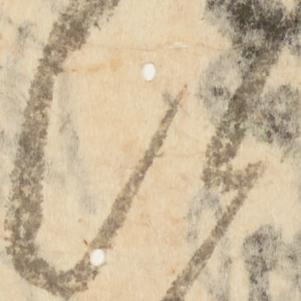
次